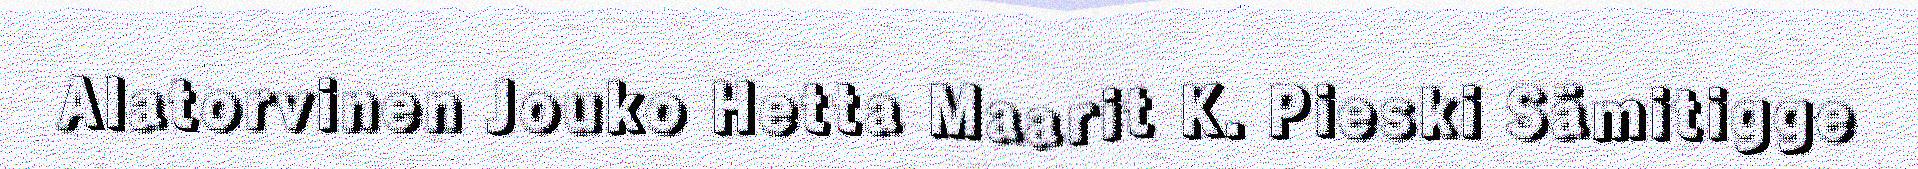
Alatorvinen Jouko Hetta Maarit K. Pieski Sämitigge